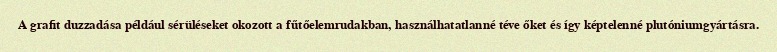
A grafit duzzadása például sérüléseket okozott a fűtőelemrudakban, használhatatlanné téve őket és így képtelenné plutóniumgyártásra.